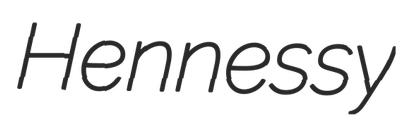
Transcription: Hennessy